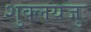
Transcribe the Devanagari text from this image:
शुक्लयजुः